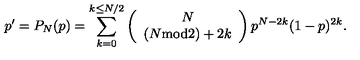
p ^ { \prime } = P _ { N } ( p ) = \sum _ { k = 0 } ^ { k \le N / 2 } \left( \begin{array} { c } { N } \\ { ( N \mathrm { m o d } 2 ) + 2 k } \\ \end{array} \right) p ^ { N - 2 k } ( 1 - p ) ^ { 2 k } . \,